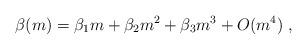
LaTeX: \begin{align*}\beta (m) = \beta_1 m + \beta_2 m^2 + \beta_3 m^3 + O(m^4) \; ,\end{align*}